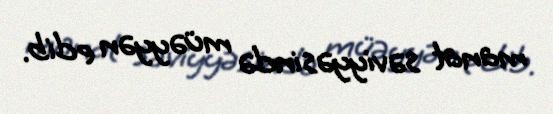
manat səviyyəsində müəyyən edib.